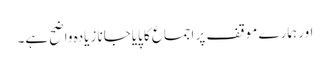
اور ہمارے موقف پر اجماع کا پایاجانا زیادہ واضح ہے۔